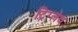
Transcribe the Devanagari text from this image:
ट्रिग्लेव